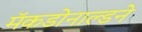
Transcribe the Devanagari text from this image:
मॅकडोनाल्डने